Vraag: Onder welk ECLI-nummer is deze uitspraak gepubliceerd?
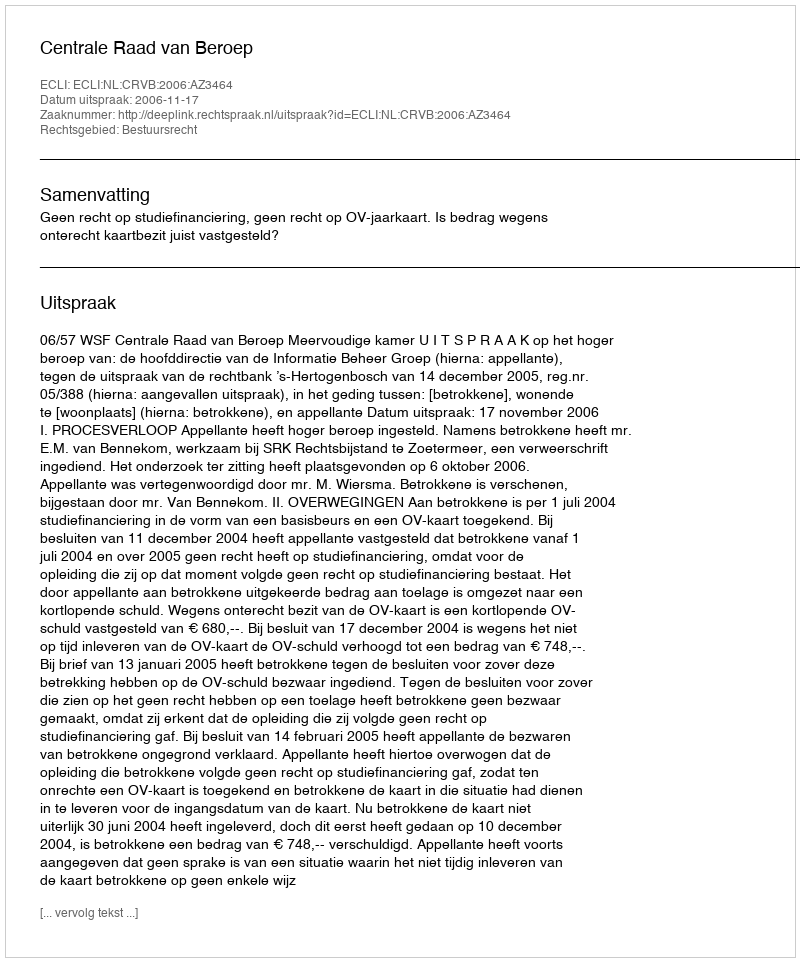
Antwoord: ECLI:NL:CRVB:2006:AZ3464